Dysentery and liver abscess in Bombay - Number 47
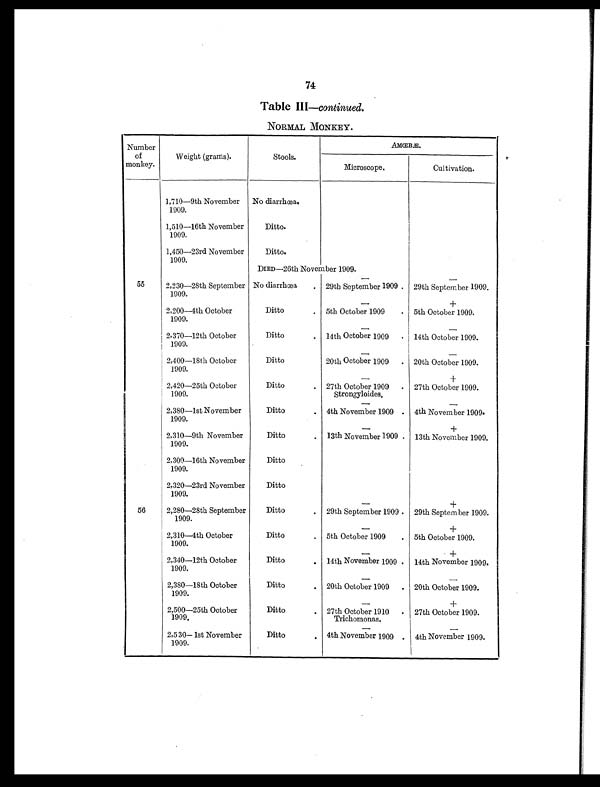
74
Table III—continued.
NORMAL MONKEY.
Number
of
monkey.
Weight (grams).
Stools.
AMŒBÆ.
Microscope.
Cultivation.
1,710—9th November
1909.
No diarrhœa.
1,510—16th November
1909.
Ditto.
1,450—23rd November
1909.
Ditto.
DIED—26th November 1909.
— —
55
2,230—28th September
1909.
No diarrhœa
. 29th September 1909 . 29th September 1909.
—
+
2,200—4th October
1909.
Ditto
. 5th October 1909
. 5th October 1909.
— —
2,370—12th October
1909.
Ditto
. 14th October 1909
. 14th October 1909.
— —
2,400—18th October
1909.
Ditto
20th October 1909
. 20th October 1909.
—
+
2,420—25th October
1909.
Ditto
. 27th October 1909
Strongyloides.
. 27th October 1909.
—
—
2,380—1st N ovember
1909.
Ditto
. 4th November 1909 . 4th November 1909.
—
+
2,310—9th November
1909.
Ditto
. 13th November 1909 . 13th November 1909.
2,300—16th November
1909.
Ditto
2,320—23rd November
1909.
Ditto
—
+
56
2,280—28th September
1909.
Ditto
. 29th September 1909 . 29th September 1909.
—
+
2,310—4th October
1909.
Ditto
. 5th October 1909
. 5th October 1909.
—
+
2,340—12th October
1909.
Ditto
. 14th November 1909 . 14th November 1909.
— —
2,380—18th October
1909.
Ditto
. 20th October 1909
. 20th October 1909.
—
+
2,500—25th October
1909.
Ditto
. 27th October 1910
Trichomonas.
. 27th October 1909.
— —
2,530—1st November
1909.
Ditto
. 4th November 1909 . 4th November 1909.